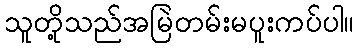
သူတို့သည်အမြဲတမ်းမပူးကပ်ပါ။